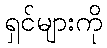
ရှင်များကို